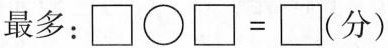
最多：$$\square \bigcirc \square =\square$$